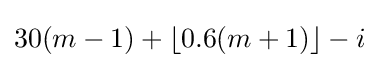
30(m-1)+\left\lfloor 0.6(m+1)\right\rfloor -i